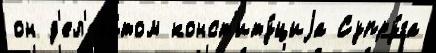
он д'ел'ега́том конст'иту́циjа Супру́га